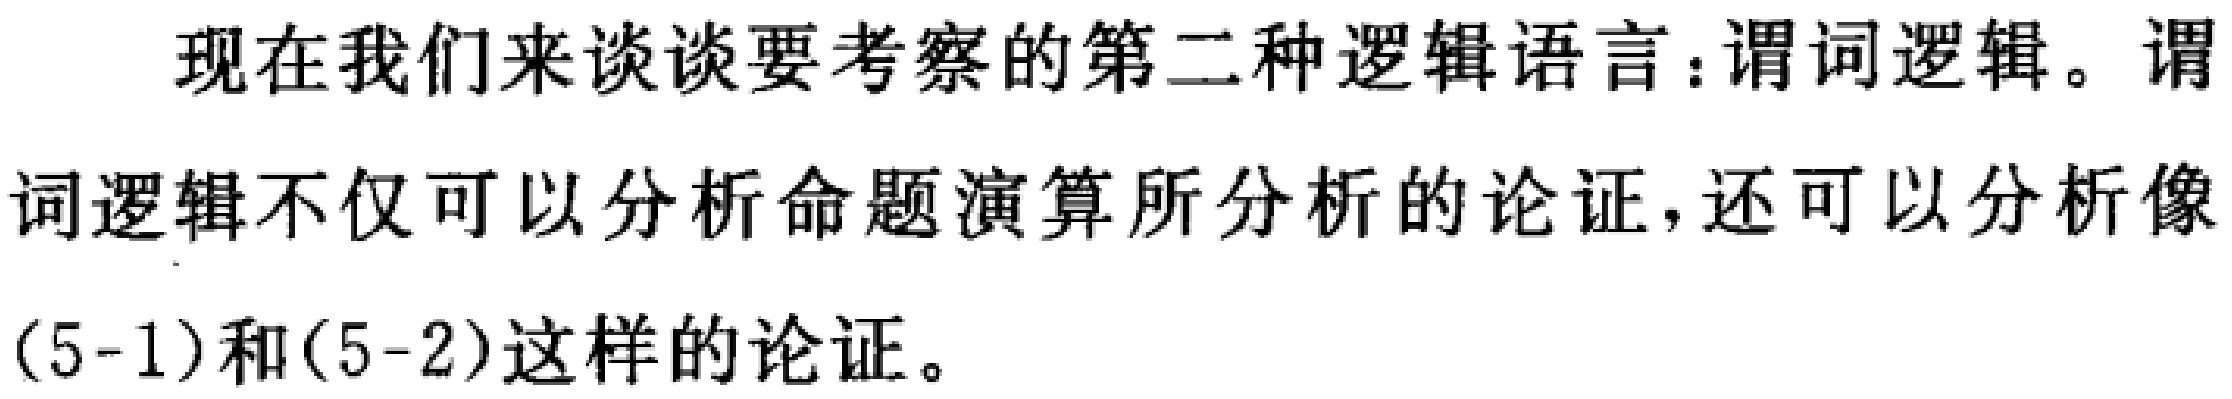
现在我们来谈谈要考察的第二种逻辑语言：谓词逻辑。谓词逻辑不仅可以分析命题演算所分析的论证，还可以分析像(5 - 1)和(5 - 2)这样的论证。